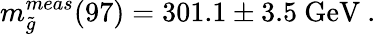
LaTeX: m_{\tilde{g}}^{meas}(97)=301.1\pm 3.5\mathrm{\ GeV~.}